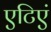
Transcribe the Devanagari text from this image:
एटिएं